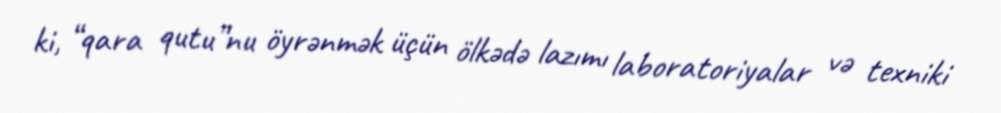
ki, “qara qutu”nu öyrənmək üçün ölkədə lazımı laboratoriyalar və texniki